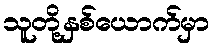
သူတို့နှစ်ယောက်မှာ